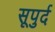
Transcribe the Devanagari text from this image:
सूपुर्द